Report of the Indian Hemp Drugs Commission, 1894-1895 - Volume IV
Year: 1894
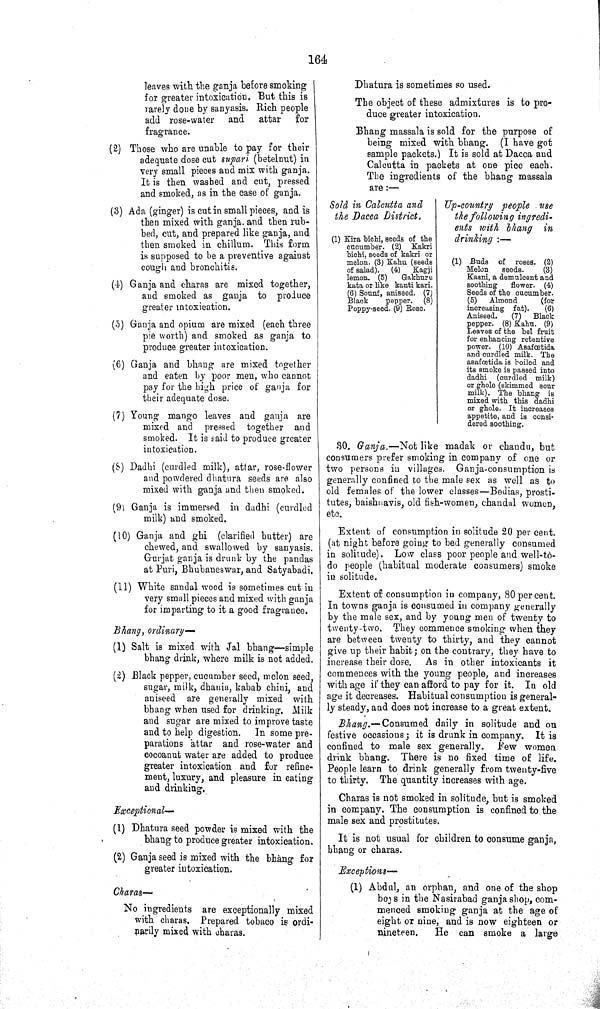
164
leaves with the ganja before smoking
for greater intoxication. But this is
rarely done by sanyasis. Rich people
add rose-water and attar for
fragrance.
(2) Those who are unable to pay for their
adequate dose cut supari (betelnut) in
very small pieces and mix with ganja.
It is then washed and cut, pressed
and smoked, as in the case of ganja.
(3) Ada (ginger) is cut in small pieces, and is
then mixed with ganja. and then rub¬
bed, cut, and prepared like ganja, and
then smoked in chillum. This form
is supposed to be a preventive against
cough and bronchitis.
(4) Ganja and charas are mixed together,
and smoked as ganja to produce
greater intoxication.
(5) Ganja and opium are mixed (each three
pie worth) and smoked as ganja to
produce greater intoxication.
(6) Ganja and bhang are mixed together
and eaten by poor men, who cannot
pay for the high price of ganja for
their adequate dose.
(7) Young mango leaves and ganja are
mixed and pressed together and
smoked. It is said to produce greater
intoxication.
(8) Dadhi (curdled milk), attar, rose-flower
and powdered dhatura seeds are also
mixed with ganja and then smoked.
(9) Ganja is immersed in dadhi (curdled
milk) and smoked.
(10) Ganja and ghi (clarified butter) are
chewed, and swallowed by sanyasis.
Gurjat ganja is drunk by the pandas
at Puri, Bhubaneswar, and Satyabadi.
(11) White sandal wood is sometimes cut in
very small pieces and mixed with ganja
for imparting to it a good fragrance.
Bhang, ordinary—
(1) Salt is mixed with Jal bhang—simple
bhang drink, where milk is not added.
(2) Black pepper, cucumber seed, melon seed,
sugar, milk, dhania, kabab chini, and
aniseed are generally mixed with
bhang when used for drinking. Milk
and sugar are mixed to improve taste
and to help digestion. In some pre¬
parations attar and rose-water and
cocoanut water are added to produce
greater intoxication and for refine¬
ment, luxury, and pleasure in eating
and drinking.
Exceptional—
(1) Dhatura seed powder is mixed with the
bhang to produce greater intoxication.
(2) Ganja seed is mixed with the bhang for
greater intoxication.
Charas—
No ingredients are exceptionally mixed
with charas. Prepared tobaco is ordi¬
narily mixed with charas.
Dhatura is sometimes so used.
The object of these admixtures is to pro¬
duce greater intoxication.
Bhang massala is sold for the purpose of
being mixed with bhang. (I have got
sample packets.) It is sold at Dacca and
Calcutta in packets at one pice each.
The ingredients of the bhang massala
are:—
Sold in Calcutta and
the Dacca District.
Up-country people use
the following ingredi-
ents with bhang in
drinking:—
Sold in Calcutta and
the Dacca District.
Up-country people use
the following ingredi-
ents with bhang in
drinking:—
Up-country people use
the following ingredi-
ents with bhang in
drinking:—
(1) Kira bichi, seeds of the
cucumber. (2) Kakri
bichi, seeds of kakri or
melon. (3) Kahu (seeds
of salad). (4) Kagji
lemon. (5)
Gakhuru
kata or like kanti kari.
(6) Sounf, aniseed. (7)
Black
pepper. (8)
Poppy-seed. (9) Rose.
Up-country people use
the following ingredi-
ents with bhang in
drinking:—
(1) Kira bichi, seeds of the
cucumber. (2) Kakri
bichi, seeds of kakri or
melon. (3) Kahu (seeds
of salad). (4) Kagji
lemon. (5)
Gakhuru
kata or like kanti kari.
(6) Sounf, aniseed. (7)
Black
pepper. (8)
Poppy-seed. (9) Rose.
(1) Kira bichi, seeds of the
cucumber. (2) Kakri
bichi, seeds of kakri or
melon. (3) Kahu (seeds
of salad). (4) Kagji
lemon. (5)
Gakhuru
kata or like kanti kari.
(6) Sounf, aniseed. (7)
Black
pepper. (8)
Poppy-seed. (9) Rose.
(1) Kira bichi, seeds of the
cucumber. (2) Kakri
bichi, seeds of kakri or
melon. (3) Kahu (seeds
of salad). (4) Kagji
lemon. (5)
Gakhuru
kata or like kanti kari.
(6) Sounf, aniseed. (7)
Black
pepper. (8)
Poppy-seed. (9) Rose.
(1) Buds of roses. (2)
Melon
seeds.
(3)
Kasni, a demulcent and
soothing flower. (4)
Seeds of the cucumber.
(5) Almond
(for
increasing fat).
(6)
Aniseed.
(7) Black
pepper. (8) Kahu. (9)
Leaves of the bel fruit
for enhancing retentive
power. (10) Asafœtida
and curdled milk. The
asafœtida is boiled and
its smoke is passed into
dadhi (curdled milk)
or ghole (skimmed sour
milk). The bhang is
mixed with this dadhi
or ghole. It increases
appetite, and is consi-
dered soothing.
(1) Kira bichi, seeds of the
cucumber. (2) Kakri
bichi, seeds of kakri or
melon. (3) Kahu (seeds
of salad). (4) Kagji
lemon. (5)
Gakhuru
kata or like kanti kari.
(6) Sounf, aniseed. (7)
Black
pepper. (8)
Poppy-seed. (9) Rose.
(1) Buds of roses. (2)
Melon
seeds.
(3)
Kasni, a demulcent and
soothing flower. (4)
Seeds of the cucumber.
(5) Almond
(for
increasing fat).
(6)
Aniseed.
(7) Black
pepper. (8) Kahu. (9)
Leaves of the bel fruit
for enhancing retentive
power. (10) Asafœtida
and curdled milk. The
asafœtida is boiled and
its smoke is passed into
dadhi (curdled milk)
or ghole (skimmed sour
milk). The bhang is
mixed with this dadhi
or ghole. It increases
appetite, and is consi-
dered soothing.
(1) Kira bichi, seeds of the
cucumber. (2) Kakri
bichi, seeds of kakri or
melon. (3) Kahu (seeds
of salad). (4) Kagji
lemon. (5)
Gakhuru
kata or like kanti kari.
(6) Sounf, aniseed. (7)
Black
pepper. (8)
Poppy-seed. (9) Rose.
(1) Buds of roses. (2)
Melon
seeds.
(3)
Kasni, a demulcent and
soothing flower. (4)
Seeds of the cucumber.
(5) Almond
(for
increasing fat).
(6)
Aniseed.
(7) Black
pepper. (8) Kahu. (9)
Leaves of the bel fruit
for enhancing retentive
power. (10) Asafœtida
and curdled milk. The
asafœtida is boiled and
its smoke is passed into
dadhi (curdled milk)
or ghole (skimmed sour
milk). The bhang is
mixed with this dadhi
or ghole. It increases
appetite, and is consi-
dered soothing.
(1) Kira bichi, seeds of the
cucumber. (2) Kakri
bichi, seeds of kakri or
melon. (3) Kahu (seeds
of salad). (4) Kagji
lemon. (5)
Gakhuru
kata or like kanti kari.
(6) Sounf, aniseed. (7)
Black
pepper. (8)
Poppy-seed. (9) Rose.
(1) Buds of roses. (2)
Melon
seeds.
(3)
Kasni, a demulcent and
soothing flower. (4)
Seeds of the cucumber.
(5) Almond
(for
increasing fat).
(6)
Aniseed.
(7) Black
pepper. (8) Kahu. (9)
Leaves of the bel fruit
for enhancing retentive
power. (10) Asafœtida
and curdled milk. The
asafœtida is boiled and
its smoke is passed into
dadhi (curdled milk)
or ghole (skimmed sour
milk). The bhang is
mixed with this dadhi
or ghole. It increases
appetite, and is consi-
dered soothing.
(1) Kira bichi, seeds of the
cucumber. (2) Kakri
bichi, seeds of kakri or
melon. (3) Kahu (seeds
of salad). (4) Kagji
lemon. (5)
Gakhuru
kata or like kanti kari.
(6) Sounf, aniseed. (7)
Black
pepper. (8)
Poppy-seed. (9) Rose.
(1) Buds of roses. (2)
Melon
seeds.
(3)
Kasni, a demulcent and
soothing flower. (4)
Seeds of the cucumber.
(5) Almond
(for
increasing fat).
(6)
Aniseed.
(7) Black
pepper. (8) Kahu. (9)
Leaves of the bel fruit
for enhancing retentive
power. (10) Asafœtida
and curdled milk. The
asafœtida is boiled and
its smoke is passed into
dadhi (curdled milk)
or ghole (skimmed sour
milk). The bhang is
mixed with this dadhi
or ghole. It increases
appetite, and is consi-
dered soothing.
(1) Kira bichi, seeds of the
cucumber. (2) Kakri
bichi, seeds of kakri or
melon. (3) Kahu (seeds
of salad). (4) Kagji
lemon. (5)
Gakhuru
kata or like kanti kari.
(6) Sounf, aniseed. (7)
Black
pepper. (8)
Poppy-seed. (9) Rose.
(1) Buds of roses. (2)
Melon
seeds.
(3)
Kasni, a demulcent and
soothing flower. (4)
Seeds of the cucumber.
(5) Almond
(for
increasing fat).
(6)
Aniseed.
(7) Black
pepper. (8) Kahu. (9)
Leaves of the bel fruit
for enhancing retentive
power. (10) Asafœtida
and curdled milk. The
asafœtida is boiled and
its smoke is passed into
dadhi (curdled milk)
or ghole (skimmed sour
milk). The bhang is
mixed with this dadhi
or ghole. It increases
appetite, and is consi-
dered soothing.
(1) Kira bichi, seeds of the
cucumber. (2) Kakri
bichi, seeds of kakri or
melon. (3) Kahu (seeds
of salad). (4) Kagji
lemon. (5)
Gakhuru
kata or like kanti kari.
(6) Sounf, aniseed. (7)
Black
pepper. (8)
Poppy-seed. (9) Rose.
(1) Buds of roses. (2)
Melon
seeds.
(3)
Kasni, a demulcent and
soothing flower. (4)
Seeds of the cucumber.
(5) Almond
(for
increasing fat).
(6)
Aniseed.
(7) Black
pepper. (8) Kahu. (9)
Leaves of the bel fruit
for enhancing retentive
power. (10) Asafœtida
and curdled milk. The
asafœtida is boiled and
its smoke is passed into
dadhi (curdled milk)
or ghole (skimmed sour
milk). The bhang is
mixed with this dadhi
or ghole. It increases
appetite, and is consi-
dered soothing.
(1) Buds of roses. (2)
Melon
seeds.
(3)
Kasni, a demulcent and
soothing flower. (4)
Seeds of the cucumber.
(5) Almond
(for
increasing fat).
(6)
Aniseed.
(7) Black
pepper. (8) Kahu. (9)
Leaves of the bel fruit
for enhancing retentive
power. (10) Asafœtida
and curdled milk. The
asafœtida is boiled and
its smoke is passed into
dadhi (curdled milk)
or ghole (skimmed sour
milk). The bhang is
mixed with this dadhi
or ghole. It increases
appetite, and is consi-
dered soothing.
(1) Buds of roses. (2)
Melon
seeds.
(3)
Kasni, a demulcent and
soothing flower. (4)
Seeds of the cucumber.
(5) Almond
(for
increasing fat).
(6)
Aniseed.
(7) Black
pepper. (8) Kahu. (9)
Leaves of the bel fruit
for enhancing retentive
power. (10) Asafœtida
and curdled milk. The
asafœtida is boiled and
its smoke is passed into
dadhi (curdled milk)
or ghole (skimmed sour
milk). The bhang is
mixed with this dadhi
or ghole. It increases
appetite, and is consi-
dered soothing.
(1) Buds of roses. (2)
Melon
seeds.
(3)
Kasni, a demulcent and
soothing flower. (4)
Seeds of the cucumber.
(5) Almond
(for
increasing fat).
(6)
Aniseed.
(7) Black
pepper. (8) Kahu. (9)
Leaves of the bel fruit
for enhancing retentive
power. (10) Asafœtida
and curdled milk. The
asafœtida is boiled and
its smoke is passed into
dadhi (curdled milk)
or ghole (skimmed sour
milk). The bhang is
mixed with this dadhi
or ghole. It increases
appetite, and is consi-
dered soothing.
(1) Buds of roses. (2)
Melon
seeds.
(3)
Kasni, a demulcent and
soothing flower. (4)
Seeds of the cucumber.
(5) Almond
(for
increasing fat).
(6)
Aniseed.
(7) Black
pepper. (8) Kahu. (9)
Leaves of the bel fruit
for enhancing retentive
power. (10) Asafœtida
and curdled milk. The
asafœtida is boiled and
its smoke is passed into
dadhi (curdled milk)
or ghole (skimmed sour
milk). The bhang is
mixed with this dadhi
or ghole. It increases
appetite, and is consi-
dered soothing.
(1) Buds of roses. (2)
Melon
seeds.
(3)
Kasni, a demulcent and
soothing flower. (4)
Seeds of the cucumber.
(5) Almond
(for
increasing fat).
(6)
Aniseed.
(7) Black
pepper. (8) Kahu. (9)
Leaves of the bel fruit
for enhancing retentive
power. (10) Asafœtida
and curdled milk. The
asafœtida is boiled and
its smoke is passed into
dadhi (curdled milk)
or ghole (skimmed sour
milk). The bhang is
mixed with this dadhi
or ghole. It increases
appetite, and is consi-
dered soothing.
(1) Buds of roses. (2)
Melon
seeds.
(3)
Kasni, a demulcent and
soothing flower. (4)
Seeds of the cucumber.
(5) Almond
(for
increasing fat).
(6)
Aniseed.
(7) Black
pepper. (8) Kahu. (9)
Leaves of the bel fruit
for enhancing retentive
power. (10) Asafœtida
and curdled milk. The
asafœtida is boiled and
its smoke is passed into
dadhi (curdled milk)
or ghole (skimmed sour
milk). The bhang is
mixed with this dadhi
or ghole. It increases
appetite, and is consi-
dered soothing.
(1) Buds of roses. (2)
Melon
seeds.
(3)
Kasni, a demulcent and
soothing flower. (4)
Seeds of the cucumber.
(5) Almond
(for
increasing fat).
(6)
Aniseed.
(7) Black
pepper. (8) Kahu. (9)
Leaves of the bel fruit
for enhancing retentive
power. (10) Asafœtida
and curdled milk. The
asafœtida is boiled and
its smoke is passed into
dadhi (curdled milk)
or ghole (skimmed sour
milk). The bhang is
mixed with this dadhi
or ghole. It increases
appetite, and is consi-
dered soothing.
(1) Buds of roses. (2)
Melon
seeds.
(3)
Kasni, a demulcent and
soothing flower. (4)
Seeds of the cucumber.
(5) Almond
(for
increasing fat).
(6)
Aniseed.
(7) Black
pepper. (8) Kahu. (9)
Leaves of the bel fruit
for enhancing retentive
power. (10) Asafœtida
and curdled milk. The
asafœtida is boiled and
its smoke is passed into
dadhi (curdled milk)
or ghole (skimmed sour
milk). The bhang is
mixed with this dadhi
or ghole. It increases
appetite, and is consi-
dered soothing.
(1) Buds of roses. (2)
Melon
seeds.
(3)
Kasni, a demulcent and
soothing flower. (4)
Seeds of the cucumber.
(5) Almond
(for
increasing fat).
(6)
Aniseed.
(7) Black
pepper. (8) Kahu. (9)
Leaves of the bel fruit
for enhancing retentive
power. (10) Asafœtida
and curdled milk. The
asafœtida is boiled and
its smoke is passed into
dadhi (curdled milk)
or ghole (skimmed sour
milk). The bhang is
mixed with this dadhi
or ghole. It increases
appetite, and is consi-
dered soothing.
(1) Buds of roses. (2)
Melon
seeds.
(3)
Kasni, a demulcent and
soothing flower. (4)
Seeds of the cucumber.
(5) Almond
(for
increasing fat).
(6)
Aniseed.
(7) Black
pepper. (8) Kahu. (9)
Leaves of the bel fruit
for enhancing retentive
power. (10) Asafœtida
and curdled milk. The
asafœtida is boiled and
its smoke is passed into
dadhi (curdled milk)
or ghole (skimmed sour
milk). The bhang is
mixed with this dadhi
or ghole. It increases
appetite, and is consi-
dered soothing.
(1) Buds of roses. (2)
Melon
seeds.
(3)
Kasni, a demulcent and
soothing flower. (4)
Seeds of the cucumber.
(5) Almond
(for
increasing fat).
(6)
Aniseed.
(7) Black
pepper. (8) Kahu. (9)
Leaves of the bel fruit
for enhancing retentive
power. (10) Asafœtida
and curdled milk. The
asafœtida is boiled and
its smoke is passed into
dadhi (curdled milk)
or ghole (skimmed sour
milk). The bhang is
mixed with this dadhi
or ghole. It increases
appetite, and is consi-
dered soothing.
(1) Buds of roses. (2)
Melon
seeds.
(3)
Kasni, a demulcent and
soothing flower. (4)
Seeds of the cucumber.
(5) Almond
(for
increasing fat).
(6)
Aniseed.
(7) Black
pepper. (8) Kahu. (9)
Leaves of the bel fruit
for enhancing retentive
power. (10) Asafœtida
and curdled milk. The
asafœtida is boiled and
its smoke is passed into
dadhi (curdled milk)
or ghole (skimmed sour
milk). The bhang is
mixed with this dadhi
or ghole. It increases
appetite, and is consi-
dered soothing.
(1) Buds of roses. (2)
Melon
seeds.
(3)
Kasni, a demulcent and
soothing flower. (4)
Seeds of the cucumber.
(5) Almond
(for
increasing fat).
(6)
Aniseed.
(7) Black
pepper. (8) Kahu. (9)
Leaves of the bel fruit
for enhancing retentive
power. (10) Asafœtida
and curdled milk. The
asafœtida is boiled and
its smoke is passed into
dadhi (curdled milk)
or ghole (skimmed sour
milk). The bhang is
mixed with this dadhi
or ghole. It increases
appetite, and is consi-
dered soothing.
(1) Buds of roses. (2)
Melon
seeds.
(3)
Kasni, a demulcent and
soothing flower. (4)
Seeds of the cucumber.
(5) Almond
(for
increasing fat).
(6)
Aniseed.
(7) Black
pepper. (8) Kahu. (9)
Leaves of the bel fruit
for enhancing retentive
power. (10) Asafœtida
and curdled milk. The
asafœtida is boiled and
its smoke is passed into
dadhi (curdled milk)
or ghole (skimmed sour
milk). The bhang is
mixed with this dadhi
or ghole. It increases
appetite, and is consi-
dered soothing.
(1) Buds of roses. (2)
Melon
seeds.
(3)
Kasni, a demulcent and
soothing flower. (4)
Seeds of the cucumber.
(5) Almond
(for
increasing fat).
(6)
Aniseed.
(7) Black
pepper. (8) Kahu. (9)
Leaves of the bel fruit
for enhancing retentive
power. (10) Asafœtida
and curdled milk. The
asafœtida is boiled and
its smoke is passed into
dadhi (curdled milk)
or ghole (skimmed sour
milk). The bhang is
mixed with this dadhi
or ghole. It increases
appetite, and is consi-
dered soothing.
30. Ganja.—Not like madak or chandu, but
consumers prefer smoking in company of one or
two persons in villages. Ganja-consumption is
generally confined to the male sex as well as to
old females of the lower classes—Bedias, prosti¬
tutes, baishnavis, old fish-women, chandal women,
etc.
Extent of consumption in solitude 20 per cent.
(at night before going to bed generally consumed
in solitude). Low class poor people and well-to-
do people (habitual moderate consumers) smoke
in solitude.
Extent of consumption in company, 80 per cent.
In towns ganja is consumed in company generally
by the male sex, and by young men of twenty to
twenty-two. They commence smoking when they
are between twenty to thirty, and they cannot
give up their habit; on the contrary, they have to
increase their dose. As in other intoxicants it
commences with the young people, and increases
with age if they can afford to pay for it. In old
age it decreases. Habitual consumption is general¬
ly steady, and does not increase to a great extent.
Bhang.—Consumed daily in solitude and on
festive occasions; it is drunk in company. It is
confined to male sex generally. Few women
drink bhang. There is no fixed time of life.
People learn to drink generally from twenty-five
to thirty. The quantity increases with age.
Charas is not smoked in solitude, but is smoked
in company. The consumption is confined to the
male sex and prostitutes.
It is not usual for children to consume ganja,
bhang or charas.
Exceptions—
(1) Abdul, an orphan, and one of the shop
boys in the Nasirabad ganja shop, com¬
menced smoking ganja at the age of
eight or nine, and is now eighteen or
nineteen.
He can smoke a large